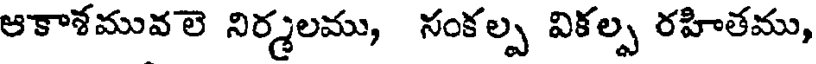
ఆకాశమువలె నిర్మలము, సంకల్ప వికల్ప రహితము,